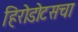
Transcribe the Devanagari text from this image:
हिरोडोटसचा